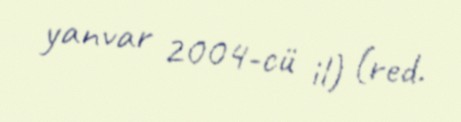
yanvar 2004-cü il) (red.